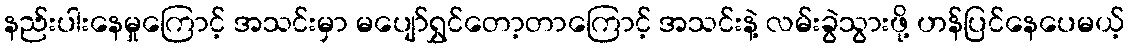
နည်းပါးနေမှုကြောင့် အသင်းမှာ မပျော်ရွှင်တော့တာကြောင့် အသင်းနဲ့ လမ်းခွဲသွားဖို့ ဟန်ပြင်နေပေမယ့်